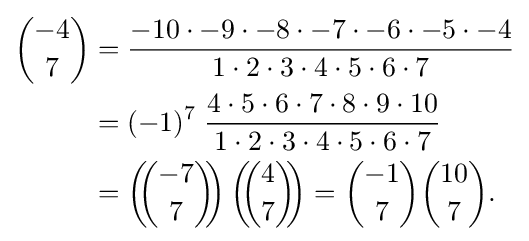
{\begin{aligned}{\binom {-4}{7}}&={\frac {-10\cdot -9\cdot -8\cdot -7\cdot -6\cdot -5\cdot -4}{1\cdot 2\cdot 3\cdot 4\cdot 5\cdot 6\cdot 7}}\\&=(-1)^{7}\;{\frac {4\cdot 5\cdot 6\cdot 7\cdot 8\cdot 9\cdot 10}{1\cdot 2\cdot 3\cdot 4\cdot 5\cdot 6\cdot 7}}\\&=\left(\!\!{\binom {-7}{7}}\!\!\right)\left(\!\!{\binom {4}{7}}\!\!\right)={\binom {-1}{7}}{\binom {10}{7}}.\end{aligned}}